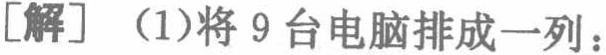
[解] (1)将 9 台电脑排成一列：